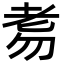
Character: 𦒸